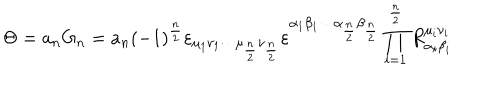
LaTeX: \Theta = a _ { n } \mathrm { G } _ { n } = a _ { n } ( - 1 ) ^ { \frac { n } { 2 } } \varepsilon _ { \mu _ { 1 } \nu _ { 1 } \cdots \mu _ { \frac { n } { 2 } } \nu _ { \frac { n } { 2 } } } \varepsilon ^ { \alpha _ { 1 } \beta _ { 1 } \cdots \alpha _ { \frac { n } { 2 } } \beta _ { \frac { n } { 2 } } } \prod _ { i = 1 } ^ { \frac { n } { 2 } } R _ { \alpha _ { i } \beta _ { i } } ^ { \mu _ { i } \nu _ { i } }